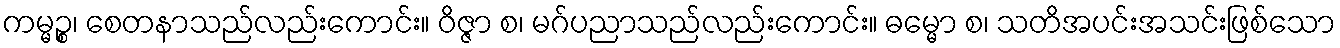
ကမ္မဉ္စ၊ စေတနာသည်လည်းကောင်း။ ဝိဇ္ဇာ စ၊ မဂ်ပညာသည်လည်းကောင်း။ ဓမ္မော စ၊ သတိအပင်းအသင်းဖြစ်သော